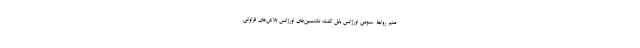
مدیر روابط عمومی اورژانس بابل گفت: تکنسین‌های اورژانس تلاش‌های فراوانی